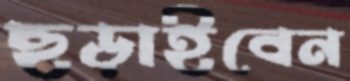
ছড়াইবেন